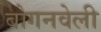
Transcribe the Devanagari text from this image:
बोगनवेली